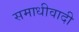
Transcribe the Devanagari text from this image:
समाधीवादी